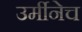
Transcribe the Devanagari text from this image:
उर्मीनेच